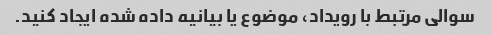
سوالی مرتبط با رویداد، موضوع یا بیانیه داده شده ایجاد کنید.